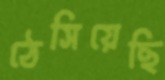
ঠেসিয়েছি